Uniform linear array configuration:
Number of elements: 24
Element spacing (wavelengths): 1
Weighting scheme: kaiser
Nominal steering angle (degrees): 45
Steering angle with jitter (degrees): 46.694
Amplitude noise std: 0.05
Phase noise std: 0.05

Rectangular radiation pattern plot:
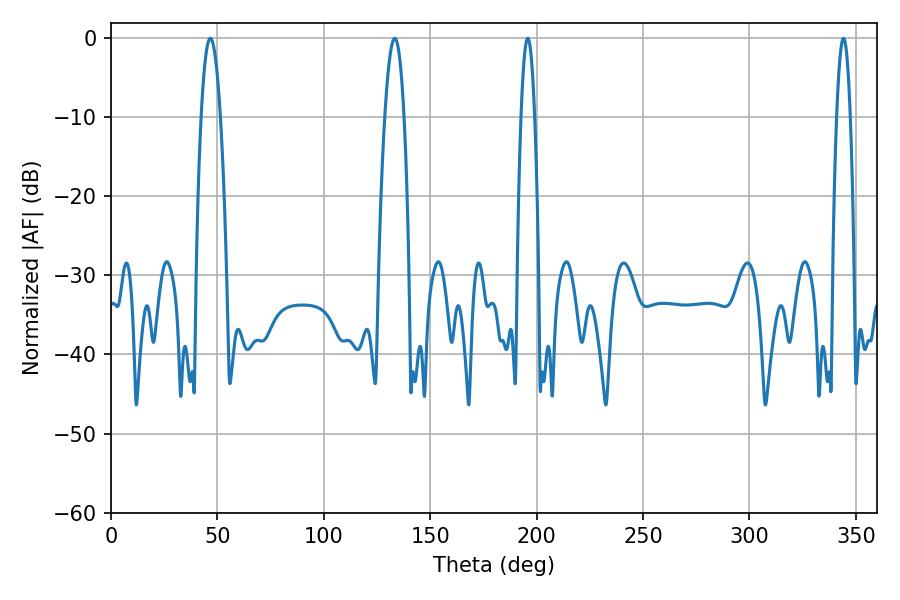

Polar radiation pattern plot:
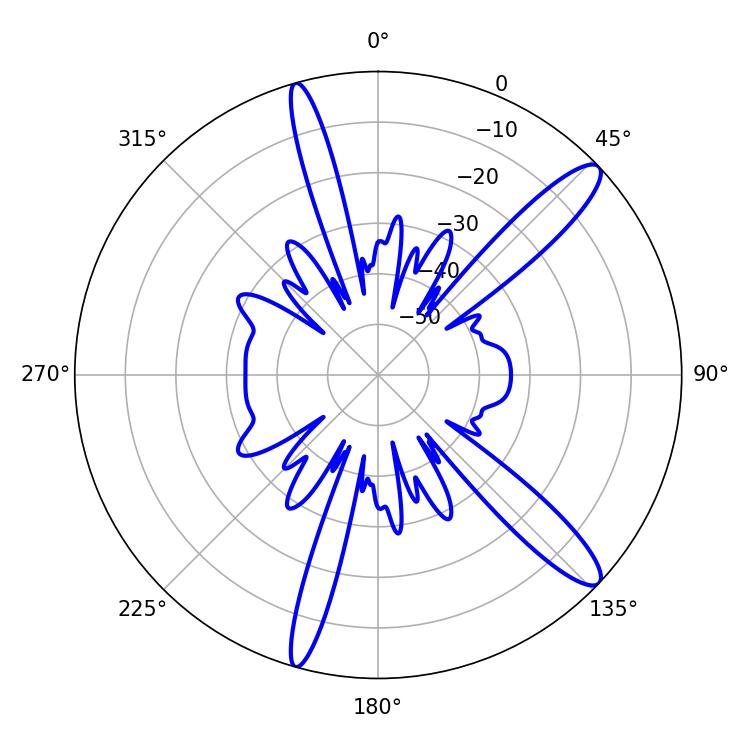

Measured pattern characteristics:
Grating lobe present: TRUE
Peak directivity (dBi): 13.019
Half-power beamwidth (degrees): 3.6
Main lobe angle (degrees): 195.84